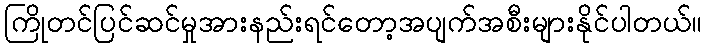
ကြိုတင်ပြင်ဆင်မှုအားနည်းရင်တော့အပျက်အစီးများနိုင်ပါတယ်။